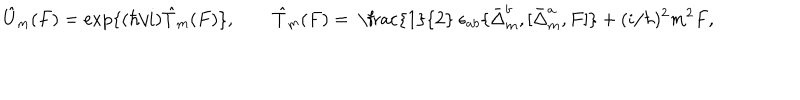
\hat { U } _ { m } ( F ) = \mathrm { e x p } \{ ( \hbar / i ) \hat { T } _ { m } ( F ) \} , \qquad \hat { T } _ { m } ( F ) = \mathrm { ~ \frac { 1 } { 2 } ~ } \epsilon _ { a b } \{ \bar { \Delta } _ { m } ^ { b } , [ \bar { \Delta } _ { m } ^ { a } , F ] \} + ( i / \hbar ) ^ { 2 } m ^ { 2 } F ,